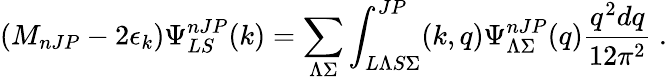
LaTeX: (M_{nJP}-2\epsilon_{k})\Psi_{LS}^{nJP}(k)=\sum_{\Lambda\Sigma}\int_{L\Lambda S\Sigma}^{JP}(k,q)\Psi_{\Lambda\Sigma}^{nJP}(q)\frac{q^{2}dq}{12\pi^{2}}\ .